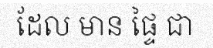
ដែល មាន ផ្ទៃ ជា